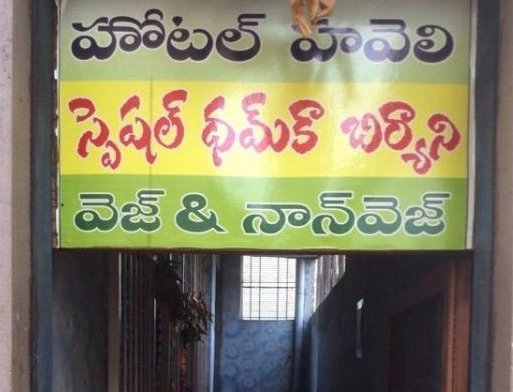
Language: telugu
Transcription: ధమ్ కా హవెలి బిర్యాని వెజ్ స్పెషల్ నాన్ వెజ్ హోటల్